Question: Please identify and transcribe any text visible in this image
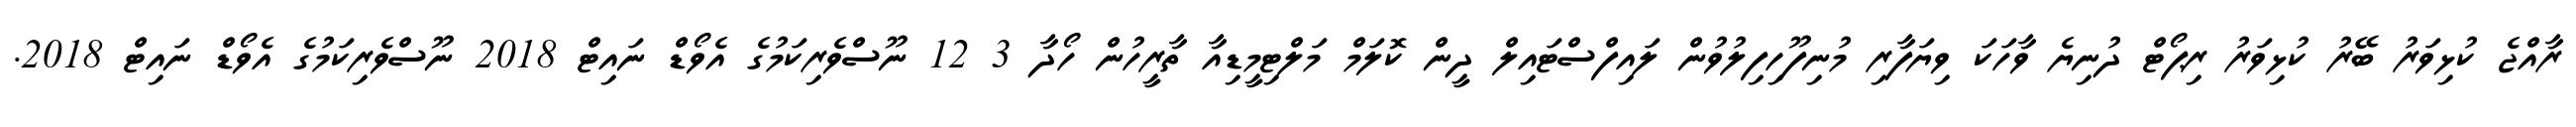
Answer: ރާއްޖެ ކުޅިވަރު ބޭރު ކުޅިވަރު ރިޕޯޓް ދުނިޔެ ވާހަކަ ވިޔަފާރި މުނިފޫހިފިލުވުން ލައިފްސްޓައިލް ދީން ކޮލަމް މަލްޓިމީޑިއާ ތާރީހުން ހޯދާ 3 12 ނޫސްވެރިކަމުގެ އެވޯޑް ނައިޓް 2018 ނޫސްވެރިކަމުގެ އެވޯޑް ނައިޓް 2018.